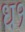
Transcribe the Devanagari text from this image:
ध१